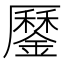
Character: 𨬑